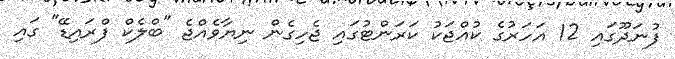
ފުނަދޫގައި 12 އަހަރުގެ ކުއްޖަކު ކަރަންޓުގައި ޖެހިގެން ނިޔާވެއްޖެ "ބްލެކް ފްރައިޑޭ" ގައި